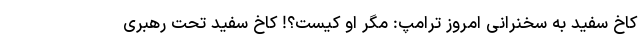
کاخ سفید به سخنرانی امروز ترامپ: مگر او کیست؟! کاخ سفید تحت رهبری